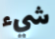
شيء